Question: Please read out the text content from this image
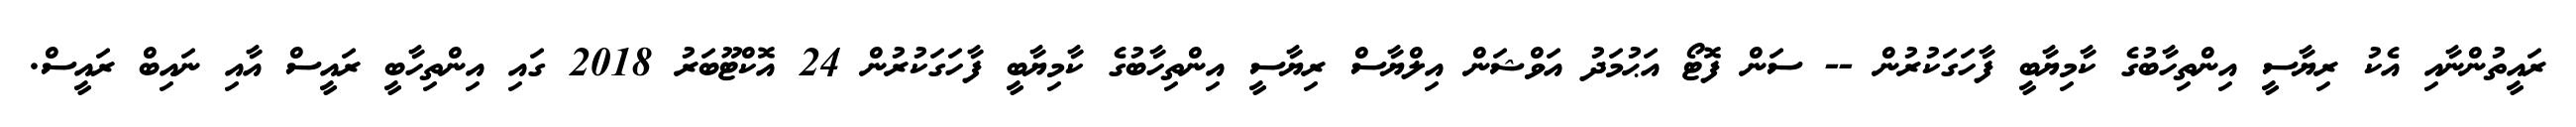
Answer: ރައީތުންނާއި އެކު ރިޔާސީ އިންތިހާބުގެ ކާމިޔާބީ ފާހަގަކުރުން -- ސަން ފޮޓޯ އަޙުމަދު އަވްޝަން އިލްޔާސް ރިޔާސީ އިންތިހާބުގެ ކާމިޔާބީ ފާހަގަކުރުން 24 އޮކްޓޫބަރު 2018 ގައި އިންތިހާބީ ރައީސް އާއި ނައިބް ރައީސް.